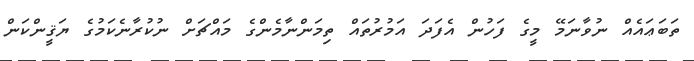
ތަބަޢައެއް ނުވާނަމޭ މީގެ ފަހުން އެފަދަ އަމުރުތައް ތިމަންނާމެންގެ މައްޗަށް ނުކުރާނެކަމުގެ ޔަޤީންކަން